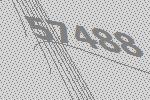
57488